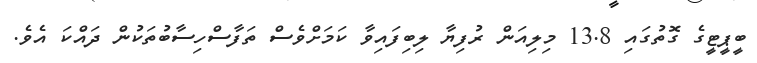
ބީޕީޓީގެ ގޮތުގައި 13.8 މިލިއަން ރުފިޔާ ލިބިފައިވާ ކަމަށްވެސް ތަފާސްހިސާބުތަކުން ދައްކަ އެވެ.